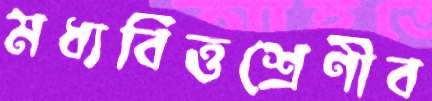
মধ্যবিত্তশ্রেণীব